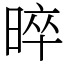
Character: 晬